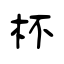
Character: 杯